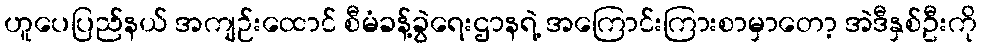
ဟူပေပြည်နယ် အကျဉ်းထောင် စီမံခန့်ခွဲရေးဌာနရဲ့ အကြောင်းကြားစာမှာတော့ အဲဒီနှစ်ဦးကို